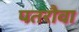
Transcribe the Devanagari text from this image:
पतरौवा